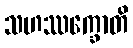
သဟဿက္ခောတိ